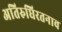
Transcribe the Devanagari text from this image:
अतिरुधिरतनाव